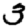
Digit: 3